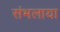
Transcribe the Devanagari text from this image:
संभलाया